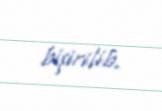
bişirilib.